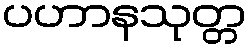
ပဟာနသုတ္တ